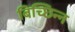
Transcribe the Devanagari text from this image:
बिच्छिन्न